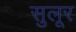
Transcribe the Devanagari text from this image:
सुलूर